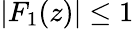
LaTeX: |F_{1}(z)|\le 1